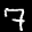
Label: 7